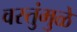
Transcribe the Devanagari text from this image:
वस्तुंमुळे